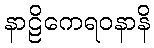
နာဠိကေရဝနာနိ